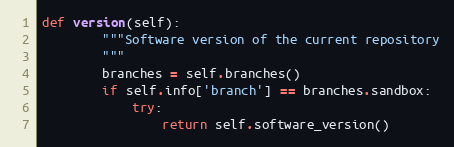
Language: Python
def version(self):
        """Software version of the current repository
        """
        branches = self.branches()
        if self.info['branch'] == branches.sandbox:
            try:
                return self.software_version()